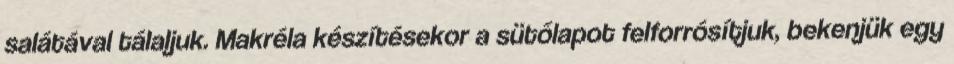
salátával tálaljuk. Makréla készítésekor a sütőlapot felforrósítjuk, bekenjük egy